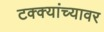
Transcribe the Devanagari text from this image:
टक्‍क्‍यांच्यावर